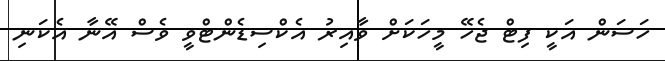
ހަސަން އަކީ ފިޓް ޖެހޭ މީހަކަށް ވާއިރު އެކްސިޑެންޓްވީ ވެސް އޭނާ އެކަނި